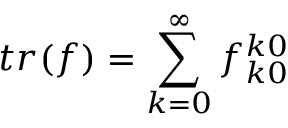
t r ( f ) = \sum _ { k = 0 } ^ { \infty } f _ { k 0 } ^ { k 0 }